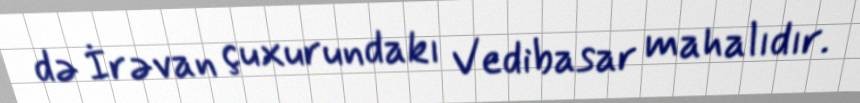
də İrəvan çuxurundakı Vedibasar mahalıdır.